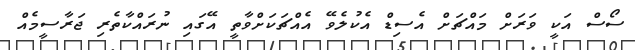
ސޯސް އަކީ ވަރަށް މައްޗަށް އެސިޑް އެކުލެވޭ އެއްޗަކަށްވާތީ އޭގައި ނުރައްކާތެރި ޖަރާސީމެއް